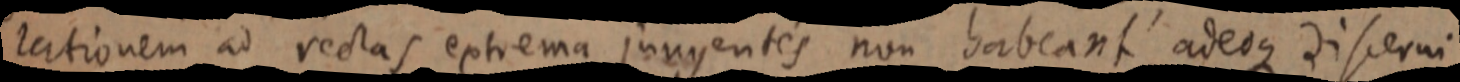
rationem ad rectas extrema jungentes non habeant adeoque discerni